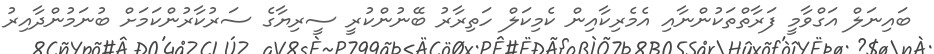
ބައިނަލް އަގްވާމީ ފަރާތްތަކުންނާއި އެމެރިކާއިން ކެމިކަލް ހަތިރާރު ބޭނުންކުރީ ސީރިޔާގެ ސަރުކާރުންކަމަށް ބުނަމުންދާއިރު